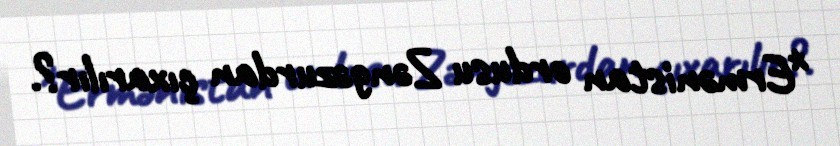
*Ermənistan ordusu Zəngəzurdan çıxarılır?.